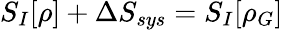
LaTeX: S_{I}[\rho]+\Delta S_{sys}=S_{I}[\rho_{G}]